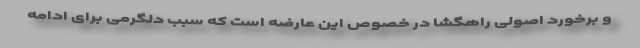
و برخورد اصولی راهگشا در خصوص این ‌عارضه است که سبب دلگرمی برای ادامه